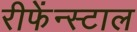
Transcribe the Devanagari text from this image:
रीफेंन्स्टाल